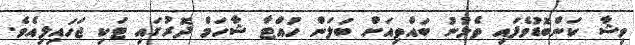
ވިޝާ ކަންބޮޑުވެފައި ތެޅުނު ބައްތިއަށް ބަލަން ހުއްޓާ ޝާހަމް ދޮރުގައި ޓަކި ޖަހައިލިއެވެ.